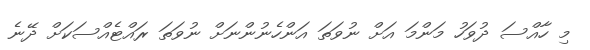
މި ހާއްސަ ދުވަހު މަންމަ އަށް ނުވަތަ އަންހެނުންނަށް ނުވަތަ ރައްޓެއްސަކަށް ދޭނެ